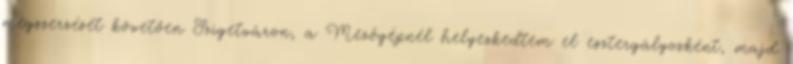
megszerzését követôen Szigetváron, a Mezôgépnél helyezkedtem el esztergályosként, majd